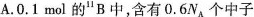
A.0.1mol的^{11}B中，含有0.6N_{A}个中子